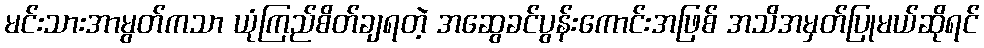
မင်းသားအာမွတ်ကသာ ယုံကြည်စိတ်ချရတဲ့ အဆွေခင်ပွန်းကောင်းအဖြစ် အသိအမှတ်ပြုမယ်ဆိုရင်